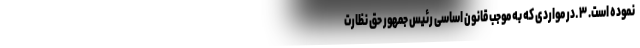
نموده است. ۳ ـ در مواردی که به موجب قانون اساسی رئیس جمهور حق نظارت